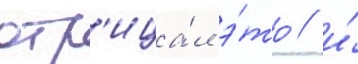
отр'ица́л э́то / и́